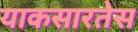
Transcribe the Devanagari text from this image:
याकसारतेस